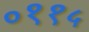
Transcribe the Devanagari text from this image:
०११५